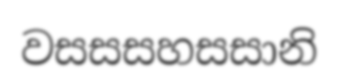
වසසසහසසානි